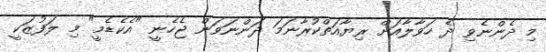
މި ދެންނެވި ދެ ހަވާލާއަށް ރިޔާއަތްކުރާނަމަ ދަންނަވަން ޖެހެނީ "އެކެޑެމީ" މި ލަފުޒަކީ